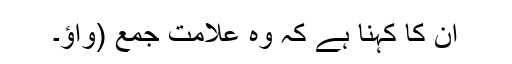
ان کا کہنا ہے کہ وہ علامت جمع (واؤ۔